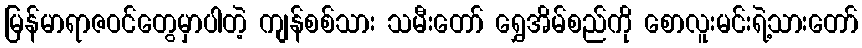
မြန်မာရာဇဝင်တွေမှာပါတဲ့ ကျန်စစ်သား သမီးတော် ရွှေအိမ်စည်ကို စောလူးမင်းရဲ့သားတော်